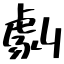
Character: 劇